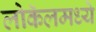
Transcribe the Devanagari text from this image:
लोकॅलमध्ये